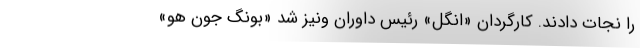
را نجات دادند. کارگردان «اَنگل» رئیس داوران ونیز شد «بونگ جون هو»